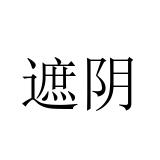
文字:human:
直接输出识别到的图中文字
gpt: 遮阴